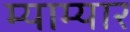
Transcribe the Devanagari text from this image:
म्याम्यार